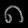
Digit: ၈